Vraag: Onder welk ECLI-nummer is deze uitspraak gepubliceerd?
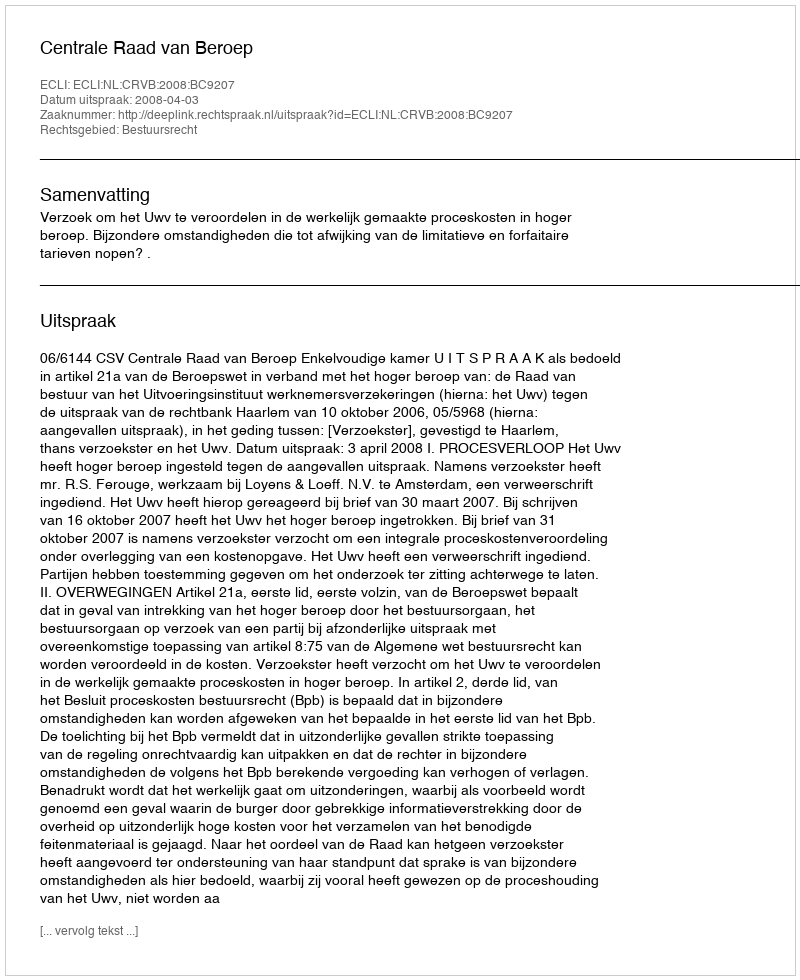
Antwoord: ECLI:NL:CRVB:2008:BC9207